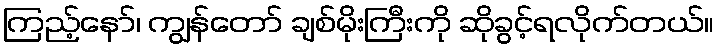
ကြည့်နော်၊ ကျွန်တော် ချစ်မိုးကြီးကို ဆိုခွင့်ရလိုက်တယ်။